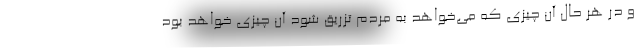
و در هر حال آن چیزی که می‌خواهد به مردم تزریق شود آن چیزی خواهد بود